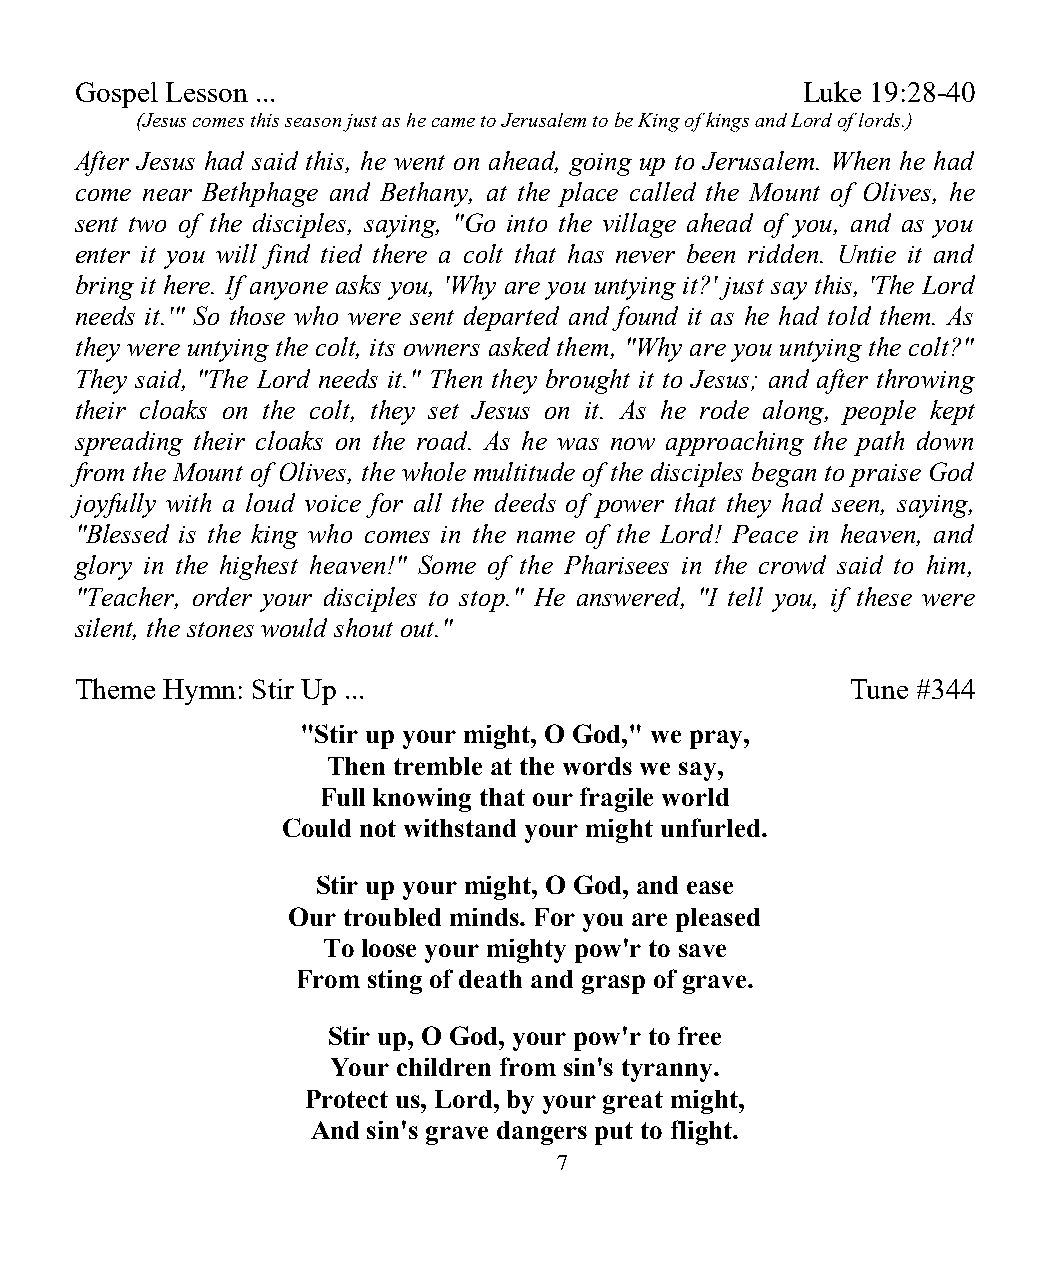
Gospel Lesson ...                               Luke 19:28-40
 (Jesus comes this season just as he came to Jerusalem to be King of kings and Lord of lords.)
 After Jesus had said this, he went on ahead, going up to Jerusalem. When he had
 come near Bethphage and Bethany, at the place called the Mount of Olives, he
 sent two of the disciples, saying, "Go into the village ahead of you, and as you
 enter it you will find tied there a colt that has never been ridden. Untie it and
 bring it here. If anyone asks you, 'Why are you untying it?' just say this, 'The Lord
 needs it.'" So those who were sent departed and found it as he had told them. As
 they were untying the colt, its owners asked them, "Why are you untying the colt?"
 They said, "The Lord needs it." Then they brought it to Jesus; and after throwing
 their cloaks on the colt, they set Jesus on it. As he rode along, people kept
 spreading their cloaks on the road. As he was now approaching the path down
 from the Mount of Olives, the whole multitude of the disciples began to praise God
 joyfully with a loud voice for all the deeds of power that they had seen, saying,
 "Blessed is the king who comes in the name of the Lord! Peace in heaven, and
 glory in the highest heaven!" Some of the Pharisees in the crowd said to him,
 "Teacher, order your disciples to stop." He answered, "I tell you, if these were
 silent, the stones would shout out."
 Theme Hymn: Stir Up ...                            Tune #344
 "Stir up your might, O God," we pray,
 Then tremble at the words we say,
 Full knowing that our fragile world
 Could not withstand your might unfurled.
 Stir up your might, O God, and ease
 Our troubled minds. For you are pleased
 To loose your mighty pow'r to save
 From sting of death and grasp of grave.
 Stir up, O God, your pow'r to free
 Your children from sin's tyranny.
 Protect us, Lord, by your great might,
 And sin's grave dangers put to flight.
 7